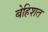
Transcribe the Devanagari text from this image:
बेहिशत